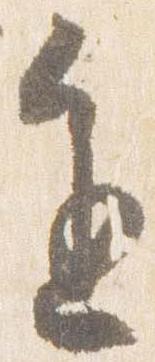
進